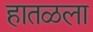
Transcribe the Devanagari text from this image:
हातळला